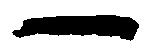
一